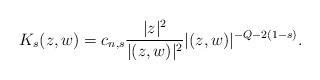
LaTeX: \begin{align*}K_s(z,w)=c_{n,s}\frac{|z|^2}{|(z,w)|^2} |(z,w)|^{-Q-2(1-s)}.\end{align*}